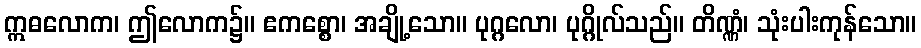
ဣဓလောက၊ ဤလောက၌။ ဧကစ္စော၊ အချို့သော။ ပုဂ္ဂလော၊ ပုဂ္ဂိုလ်သည်။ တိဏ္ဏံ၊ သုံးပါးကုန်သော။